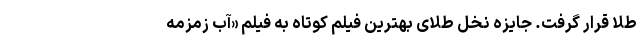
طلا قرار گرفت. جایزه نخل طلای بهترین فیلم کوتاه به فیلم «آب زمزمه